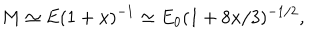
LaTeX: M \simeq E ( 1 + x ) ^ { - 1 } \simeq E _ { 0 } ( 1 + 8 x / 3 ) ^ { - 1 / 2 } ,